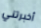
أخبرتني